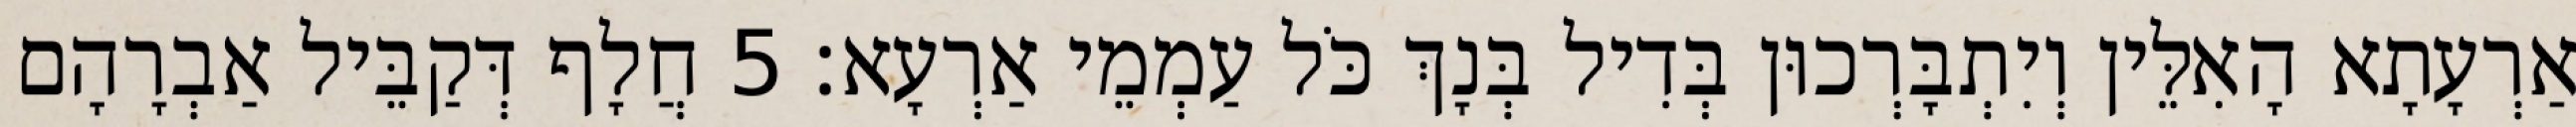
אַרְעָתָא הָאִלֵּין וְיִתְבָּרְכוּן בְּדִיל בְּנָךְ כֹּל עַמְמֵי אַרְעָא׃ 5 חֲלָף דְּקַבֵּיל אַבְרָהָם